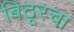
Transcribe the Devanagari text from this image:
बिठूरचा